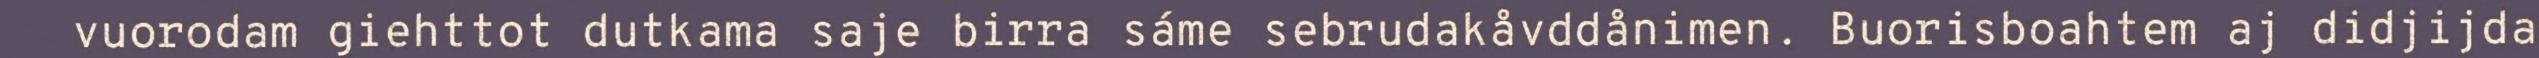
vuorodam giehttot dutkama saje birra sáme sebrudakåvddånimen. Buorisboahtem aj didjijda